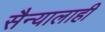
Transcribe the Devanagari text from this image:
सैन्यालाही